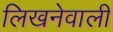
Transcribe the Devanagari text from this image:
लिखनेवाली